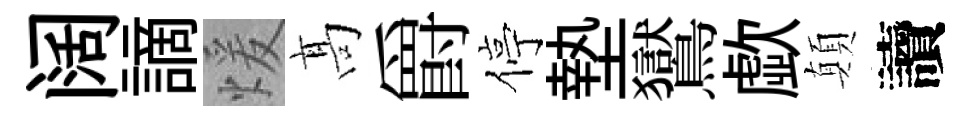
阔謫煖髙爵停墊鸑歔顛讀